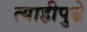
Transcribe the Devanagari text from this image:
त्याहीपुढे